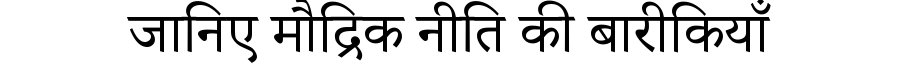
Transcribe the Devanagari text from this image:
जानिए मौद्रिक नीति की बारीकियाँ